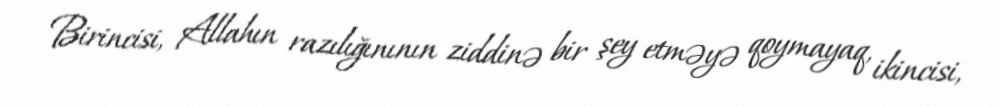
Birincisi, Allahın razılığınının ziddinə bir şey etməyə qoymayaq, ikincisi,